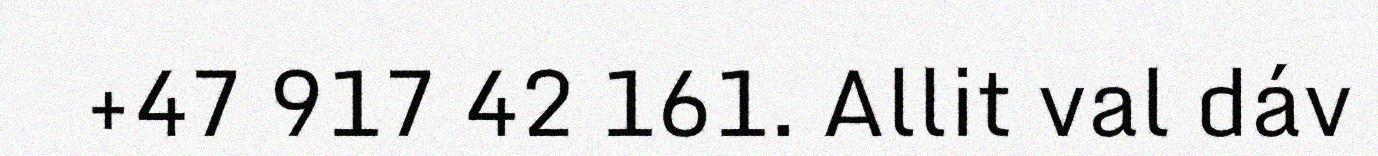
+47 917 42 161. Allit val dáv